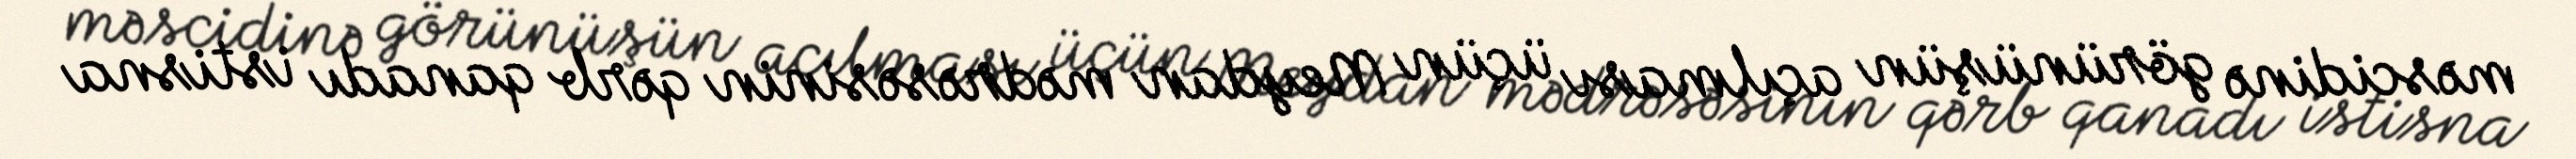
məscidinə görünüşün açılması üçün Meydan mədrəsəsinin qərb qanadı istisna